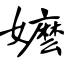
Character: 嬷